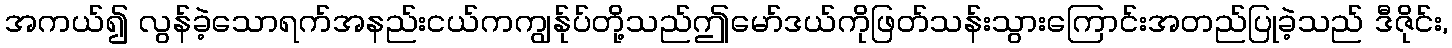
အကယ်၍ လွန်ခဲ့သောရက်အနည်းငယ်ကကျွန်ုပ်တို့သည်ဤမော်ဒယ်ကိုဖြတ်သန်းသွားကြောင်းအတည်ပြုခဲ့သည် ဒီဇိုင်း,